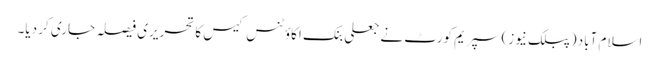
اسلام آباد (پبلک نیوز) سپریم کورٹ نے جعلی بنک اکاؤٹنس کیس کا تحریری فیصلہ جاری کر دیا۔